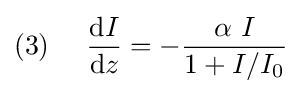
(3)~~~~{\frac {\mathrm {d} I}{\mathrm {d} z}}=-{\frac {\alpha ~I}{1+I/I_{0}}}